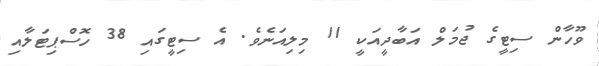
ވޫހާން ސިޓީގެ ޖުމަލް އަބާދީއަކީ 11 މިލިއަނެވެ. އެ ސިޓީގައި 38 ހޮސްޕިޓަލާއި